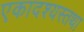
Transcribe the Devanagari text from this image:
एकादश्यस्तथा